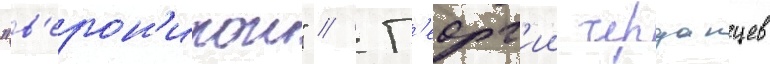
"в'ерон'икои" // Г'еорг'ии черданцев